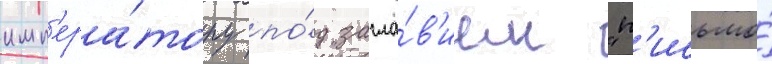
имп'ера́тору по́д загла́в'ием "п'исьмо́